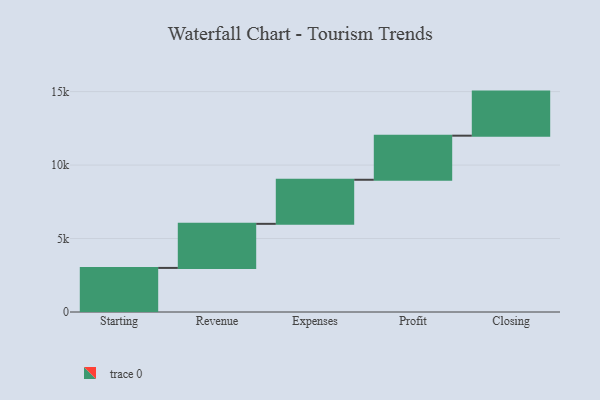
{"axis": {"x": "Step", "y": "Value"}, "legend": [""], "data": [{"x": "Starting", "y": 3000, "type": ""}, {"x": "Revenue", "y": 3000, "type": ""}, {"x": "Expenses", "y": 3000, "type": ""}, {"x": "Profit", "y": 3000, "type": ""}, {"x": "Closing", "y": 3000, "type": ""}]}